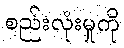
စည်းလုံးမှုကို